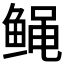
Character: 𱇸